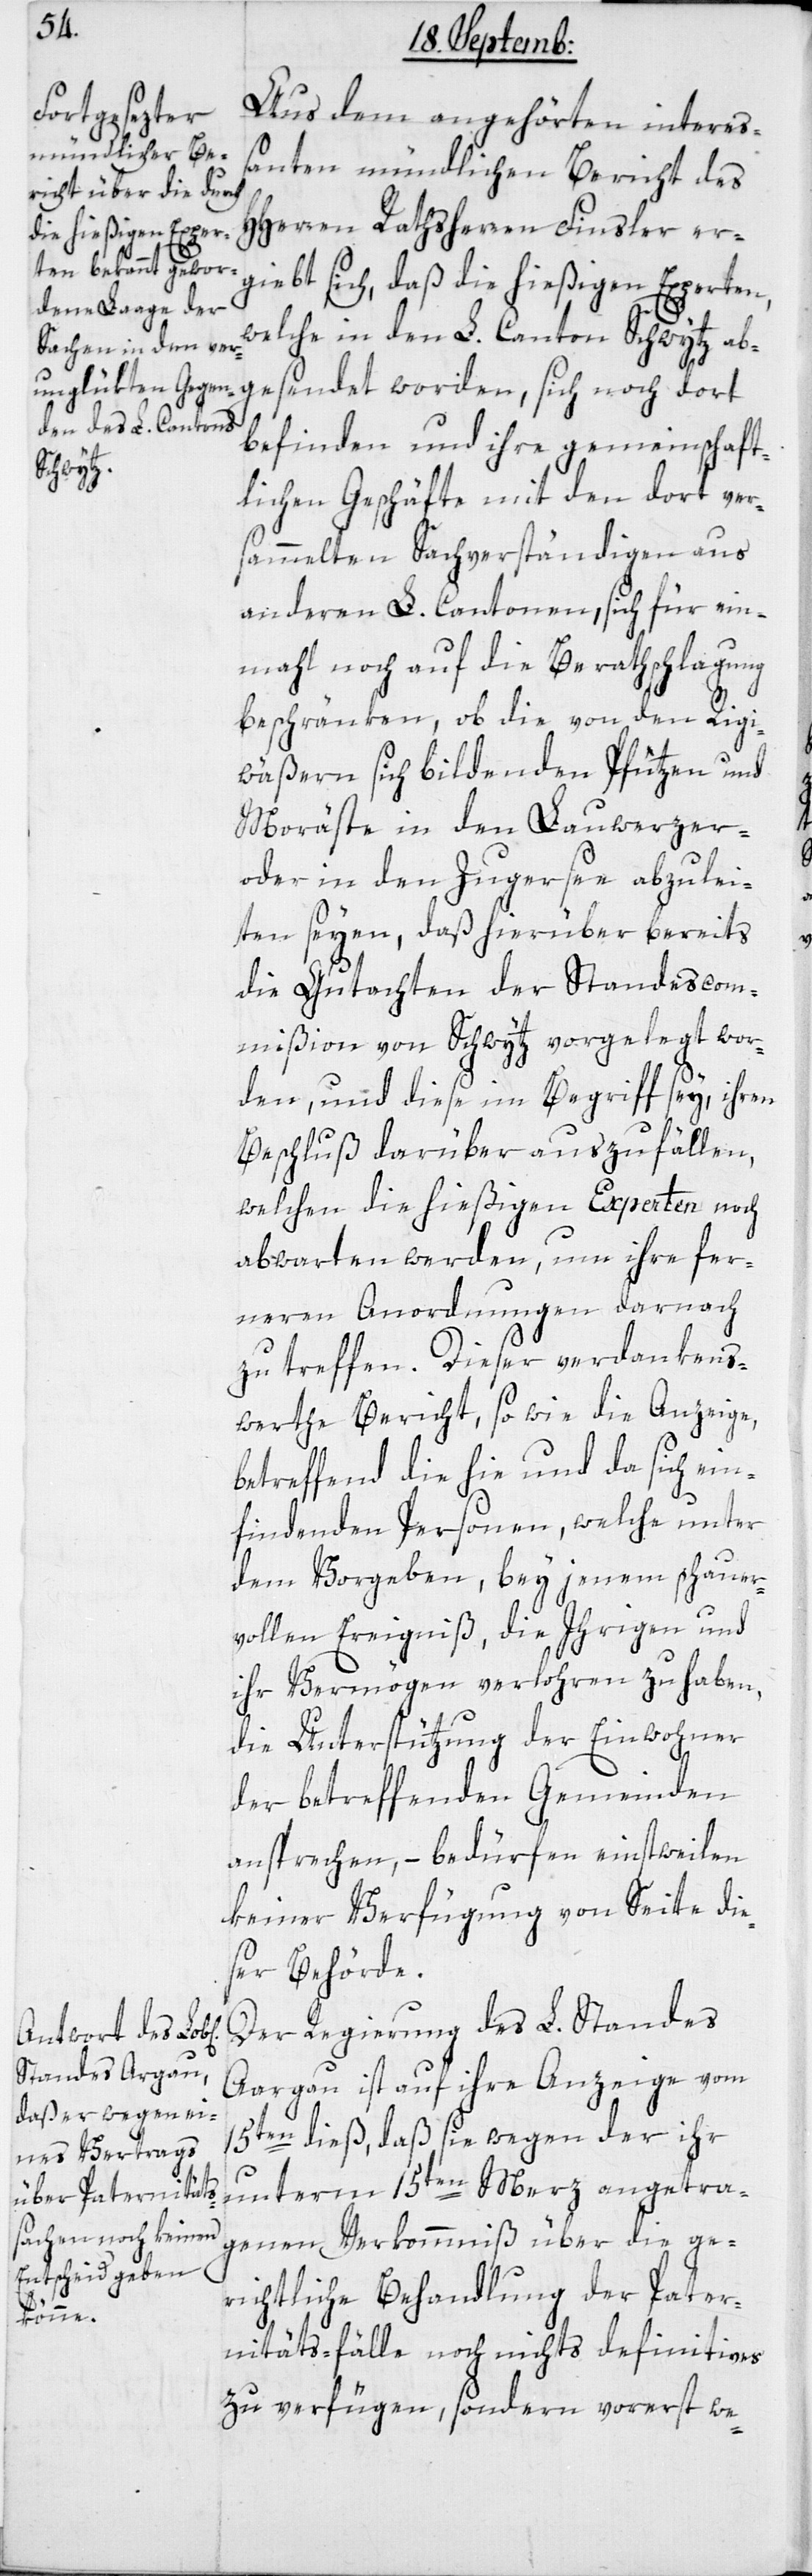
Aus dem angehörten interes¬
santen mündlichen Bericht des
HHerren Rathsherren Finsler er¬
gibt sich, daß die hießigen Experten,
welche in den L. Canton Schwytz ab¬
gesendet worden, sich noch dort
befinden und ihre gemeinschaft¬
lichen Geschäfte mit den dort ver¬
sammelten Sachverständigen aus
anderen L. Cantonen, sich für ein¬
mal noch auf die Berathschlagung
beschränken, ob die von den Rigi¬
wäßern sich bildenden Pfützen und
Moräste in den Lauwerzer-
oder in den Zugersee abzulei¬
ten seyen, daß hierüber bereits
die Gutachten der Standeskom¬
mißion von Schwytz vorgelegt wor¬
den, und diese im Begriff sey, ihren
Beschluß darüber auszufällen,
welchen die hießigen Experten noch
abwarten werden, um ihre fer¬
neren Anordnungen darnach
zu treffen. Dieser verdankens¬
werthe Bericht, sowie die Anzeige,
betreffend die hie und da sich ein¬
findenden Personen, welche unter
dem Vorgeben, bey jenem schauer¬
vollen Ereigniß, die Ihrigen und
ihr Vermögen verloren zu haben,
die Unterstützung der Einwohner
der betreffenden Gemeinden
ansprechen, – bedürfen einstweilen
keiner Verfügung von Seite die¬
ser Behörde.
Der Regierung des L. Standes
Aargau ist auf ihre Anzeige vom
15ten dieß, daß sie wegen der ihr
unterm 15ten März angetra¬
genen Verkommnis über die ge¬
richtliche Behandlung der Pater¬
nitätsfälle noch nichts Definitives
zu verfügen, sondern vorerst we-